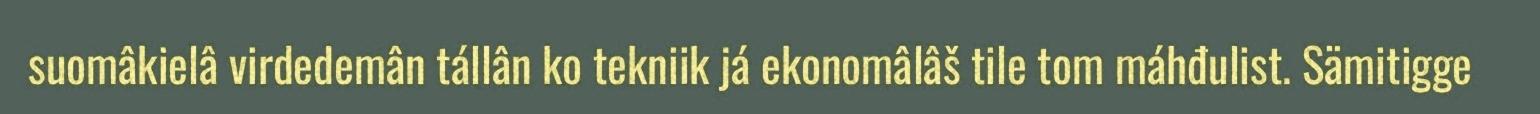
suomâkielâ virdedemân tállân ko tekniik já ekonomâlâš tile tom máhđulist. Sämitigge